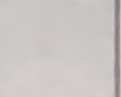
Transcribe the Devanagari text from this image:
गरिबहरूलाई दिनुहोस